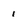
Character: 1